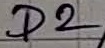
Text: D2